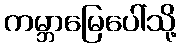
ကမ္ဘာမြေပေါ်သို့